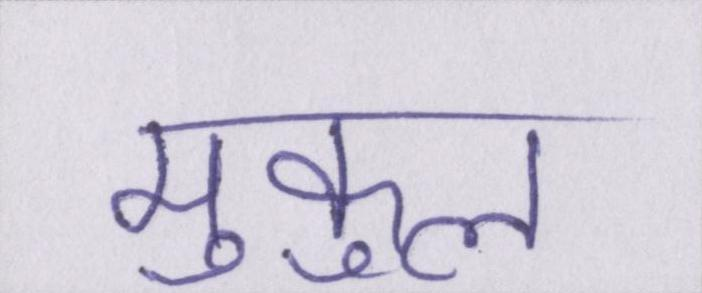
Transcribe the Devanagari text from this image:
मुकुल